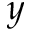
y